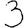
Digit: 3